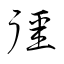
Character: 彊